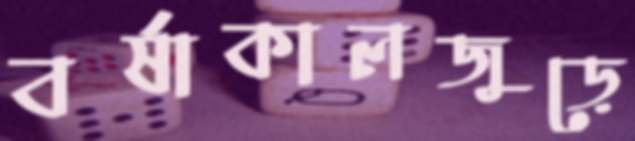
বর্ষাকালজুড়ে